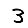
Digit: 3